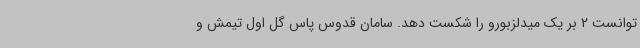
توانست 2 بر یک میدلزبورو را شکست دهد. سامان قدوس پاس گل اول تیمش و